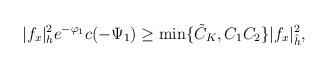
LaTeX: \begin{align*} |f_x|^2_h e^{-\varphi_1}c(-\Psi_1) \ge \min\{\tilde{C}_K,C_1C_2\}|f_x|^2_{\hat{h}}, \end{align*}